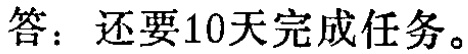
答：还要10天完成任务。